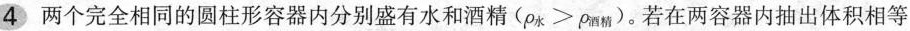
4 两个完全相同的圆柱形容器内分别盛有水和酒精(p_{水}>ρ_{酒精})。若在两容器内抽出体积相等